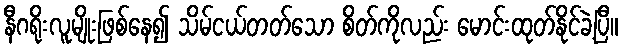
နီဂရိုးလူမျိုးဖြစ်နေ၍ သိမ်ငယ်တတ်သော စိတ်ကိုလည်း မောင်းထုတ်နိုင်ခဲ့ပြီ။